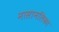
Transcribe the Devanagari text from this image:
नासानलिका